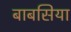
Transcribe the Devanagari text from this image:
बाबसिया